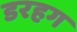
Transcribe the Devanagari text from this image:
डरहग